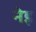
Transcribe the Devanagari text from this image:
नेइ